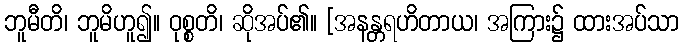
ဘူမီတိ၊ ဘူမိဟူ၍။ ဝုစ္စတိ၊ ဆိုအပ်၏။ [အနန္တရဟိတာယ၊ အကြား၌ ထားအပ်သာ